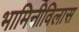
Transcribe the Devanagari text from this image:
भामिनीविलास